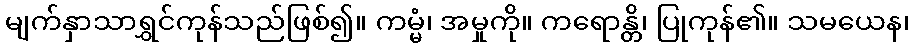
မျက်နှာသာရွှင်ကုန်သည်ဖြစ်၍။ ကမ္မံ၊ အမှုကို။ ကရောန္တိ၊ ပြုကုန်၏။ သမယေန၊